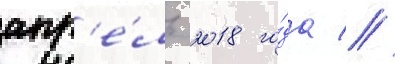
апр'е́ль 2018 го́да //